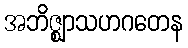
အဘိဇ္ဈာသဟဂတေန